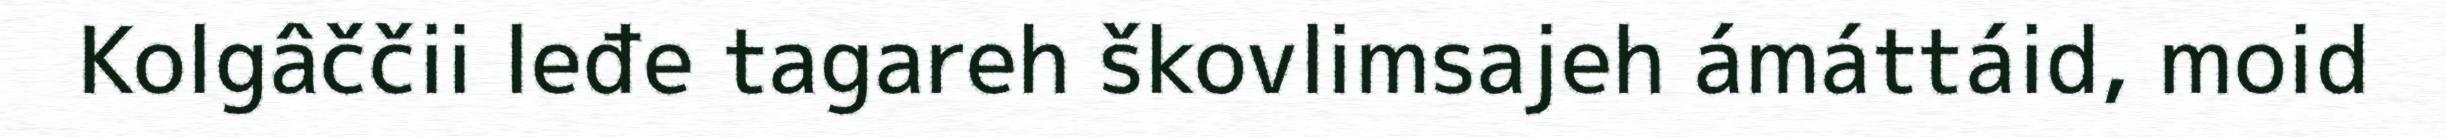
Kolgâččii leđe tagareh škovlimsajeh ámáttáid, moid